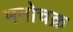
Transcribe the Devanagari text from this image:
मनोचक्र